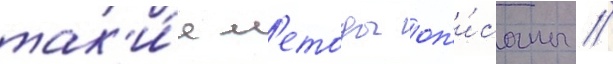
так'и́е м'етоды оп'и́саны //